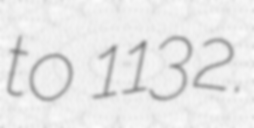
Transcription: to 1132.